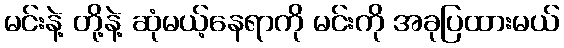
မင်းနဲ့ တို့နဲ့ ဆုံမယ့်နေရာကို မင်းကို အခုပြထားမယ်